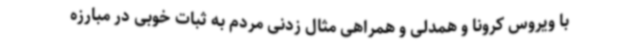
با ویروس کرونا و همدلی و همراهی مثال زدنی مردم به ثبات خوبی در مبارزه